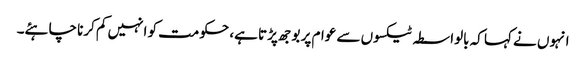
انہوں نے کہا کہ بالواسطہ ٹیکسوں سے عوام پر بوجھ پڑتا ہے، حکومت کو انہیں کم کرنا چاہئے۔